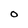
Character: o